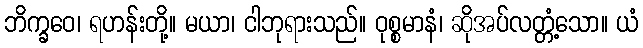
ဘိက္ခဝေ၊ ရဟန်းတို့။ မယာ၊ ငါဘုရားသည်။ ဝုစ္စမာနံ၊ ဆိုအပ်လတ္တံ့သော။ ယံ